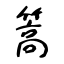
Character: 篙